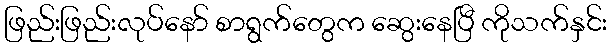
ဖြည်းဖြည်းလုပ်နော် စာရွက်တွေက ဆွေးနေပြီ ကိုသက်နှင်း